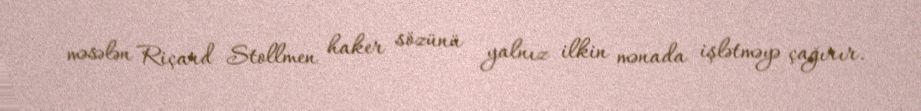
məsələn Riçard Stollmen haker sözünü yalnız ilkin mənada işlətməyə çağırır.